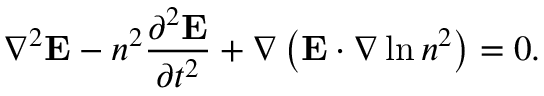
\nabla ^ { 2 } \mathbf { E } - n ^ { 2 } \frac { \partial ^ { 2 } \mathbf { E } } { \partial t ^ { 2 } } + \nabla \left( \mathbf { E } \cdot \nabla \ln n ^ { 2 } \right) = 0 .